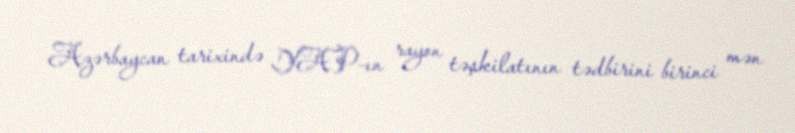
Azərbaycan tarixində YAP-ın rayon təşkilatının tədbirini birinci mən